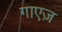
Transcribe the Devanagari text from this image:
गाएज़